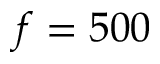
f = 5 0 0